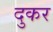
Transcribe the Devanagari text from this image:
दुकर